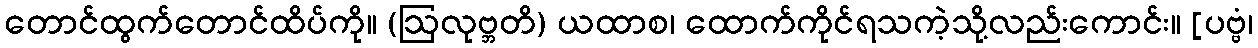
တောင်ထွက်တောင်ထိပ်ကို။ (ဩလုဗ္ဘတိ) ယထာစ၊ ထောက်ကိုင်ရသကဲ့သို့လည်းကောင်း။ [ပဗ္ဗံ၊